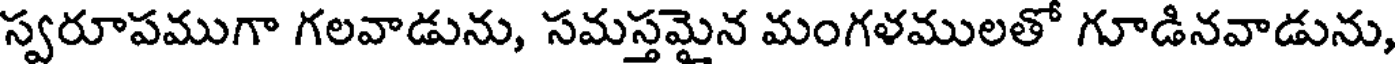
స్వరూపముగా గలవాడును, సమస్తమైన మంగళములతో గూడినవాడును,